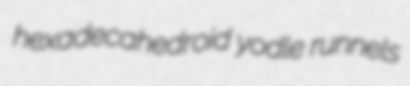
hexadecahedroid yodle runnels